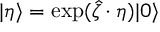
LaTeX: | \eta \rangle = \exp ( \hat { \zeta } \cdot \eta ) | 0 \rangle